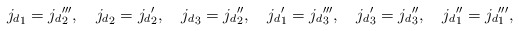
\begin{align*}{j_d}_1={j_d}_2''',\quad {j_d}_2={j_d}_2',\quad {j_d}_3={j_d}_2'',\quad{j_d}_1'={j_d}_3''',\quad{j_d}_3'={j_d}_3'',\quad {j_d}_1''={j_d}_1''', \end{align*}